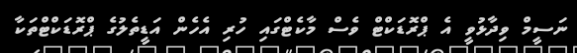
ނަސީމް ވިދާޅުވީ އެ ޕްރޮޑަކްޓް ވެސް މާކެޓްގައި ހުރި އެހެން އަޑީތެލުގެ ޕްރޮޑަކްޓްތަކާ